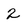
Character: 2